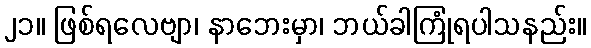
၂၁။ ဖြစ်ရလေဗျာ၊ နာဘေးမှာ၊ ဘယ်ခါကြုံရပါသနည်း။